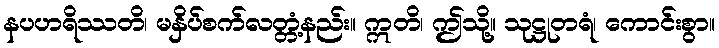
နပဟရိဿတိ၊ မနှိပ်စက်လတ္တံ့နည်း။ ဣတိ၊ ဤသို့။ သုဋ္ဌုတရံ၊ ကောင်းစွာ။